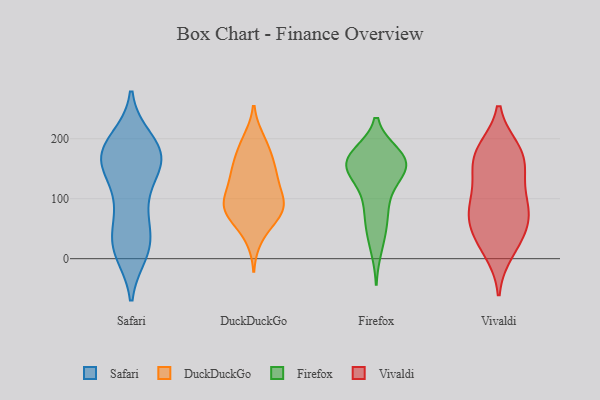
{"axis": {"x": "Operating Costs (USD K)", "y": "Value"}, "legend": ["DuckDuckGo", "Firefox", "Safari", "Vivaldi"], "data": [{"x": "", "y": 149, "type": "Safari"}, {"x": "", "y": 165, "type": "Safari"}, {"x": "", "y": 83, "type": "Safari"}, {"x": "", "y": 31, "type": "Safari"}, {"x": "", "y": 16, "type": "Safari"}, {"x": "", "y": 198, "type": "Safari"}, {"x": "", "y": 163, "type": "Safari"}, {"x": "", "y": 87, "type": "Safari"}, {"x": "", "y": 172, "type": "Safari"}, {"x": "", "y": 161, "type": "Safari"}, {"x": "", "y": 168, "type": "Safari"}, {"x": "", "y": 189, "type": "Safari"}, {"x": "", "y": 155, "type": "Safari"}, {"x": "", "y": 37, "type": "Safari"}, {"x": "", "y": 102, "type": "Safari"}, {"x": "", "y": 173, "type": "Safari"}, {"x": "", "y": 21, "type": "Safari"}, {"x": "", "y": 11, "type": "Safari"}, {"x": "", "y": 21, "type": "Safari"}, {"x": "", "y": 194, "type": "Safari"}, {"x": "", "y": 89, "type": "DuckDuckGo"}, {"x": "", "y": 74, "type": "DuckDuckGo"}, {"x": "", "y": 35, "type": "DuckDuckGo"}, {"x": "", "y": 139, "type": "DuckDuckGo"}, {"x": "", "y": 82, "type": "DuckDuckGo"}, {"x": "", "y": 159, "type": "DuckDuckGo"}, {"x": "", "y": 198, "type": "DuckDuckGo"}, {"x": "", "y": 84, "type": "DuckDuckGo"}, {"x": "", "y": 86, "type": "DuckDuckGo"}, {"x": "", "y": 137, "type": "DuckDuckGo"}, {"x": "", "y": 193, "type": "DuckDuckGo"}, {"x": "", "y": 174, "type": "DuckDuckGo"}, {"x": "", "y": 145, "type": "DuckDuckGo"}, {"x": "", "y": 99, "type": "DuckDuckGo"}, {"x": "", "y": 61, "type": "DuckDuckGo"}, {"x": "", "y": 94, "type": "DuckDuckGo"}, {"x": "", "y": 123, "type": "DuckDuckGo"}, {"x": "", "y": 98, "type": "Firefox"}, {"x": "", "y": 159, "type": "Firefox"}, {"x": "", "y": 58, "type": "Firefox"}, {"x": "", "y": 141, "type": "Firefox"}, {"x": "", "y": 92, "type": "Firefox"}, {"x": "", "y": 145, "type": "Firefox"}, {"x": "", "y": 142, "type": "Firefox"}, {"x": "", "y": 160, "type": "Firefox"}, {"x": "", "y": 170, "type": "Firefox"}, {"x": "", "y": 172, "type": "Firefox"}, {"x": "", "y": 160, "type": "Firefox"}, {"x": "", "y": 161, "type": "Firefox"}, {"x": "", "y": 173, "type": "Firefox"}, {"x": "", "y": 54, "type": "Firefox"}, {"x": "", "y": 18, "type": "Firefox"}, {"x": "", "y": 85, "type": "Vivaldi"}, {"x": "", "y": 34, "type": "Vivaldi"}, {"x": "", "y": 167, "type": "Vivaldi"}, {"x": "", "y": 174, "type": "Vivaldi"}, {"x": "", "y": 59, "type": "Vivaldi"}, {"x": "", "y": 12, "type": "Vivaldi"}, {"x": "", "y": 138, "type": "Vivaldi"}, {"x": "", "y": 181, "type": "Vivaldi"}, {"x": "", "y": 76, "type": "Vivaldi"}, {"x": "", "y": 33, "type": "Vivaldi"}, {"x": "", "y": 134, "type": "Vivaldi"}, {"x": "", "y": 80, "type": "Vivaldi"}, {"x": "", "y": 90, "type": "Vivaldi"}, {"x": "", "y": 177, "type": "Vivaldi"}]}